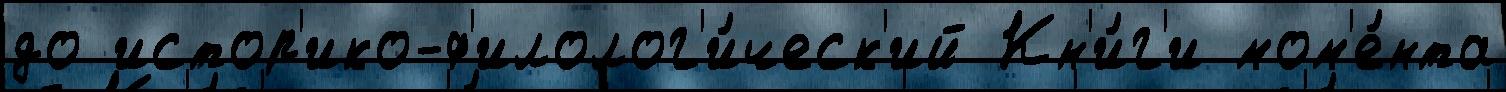
до истор'ико-ф'илолог'и́ческ'ий Кн'и́г'и мом'е́нта